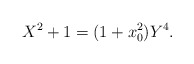
\begin{align*}X^{2}+1=(1+x_{0}^{2})Y^{4}. \end{align*}